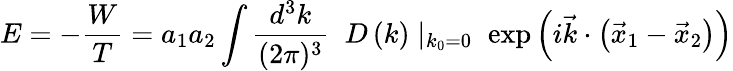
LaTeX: E=-{\frac{W}{T}}=a_{1}a_{2}\int{\frac{d^{3}k}{(2\pi)^{3}}}\; \; D\left(k\right)\mid_{k_{0}=0}\; \exp\left(i{\vec{k}}\cdot\left({\vec{x}}_{1}-{\vec{x}}_{2}\right)\right)